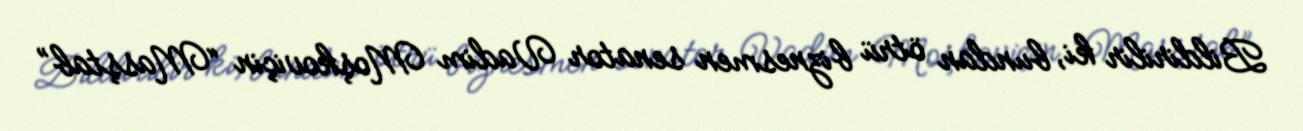
Bildirilir ki, bundan ötrü biznesmen senator Vadim Moşkoviçin “Masştab”